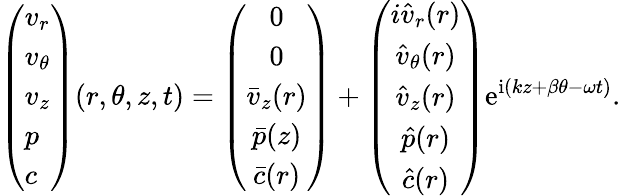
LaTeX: \left(\begin{array}{l}{v_{r}}\\ {v_{\theta}}\\ {v_{z}}\\ {p}\\ {c}\end{array}\right)(r,\theta,z,t)=\left(\begin{array}{c}{0}\\ {0}\\ {\bar{v}_{z}(r)}\\ {\bar{p}(z)}\\ {\bar{c}(r)}\end{array}\right)+\left(\begin{array}{c}{i\hat{v}_{r}(r)}\\ {\hat{v}_{\theta}(r)}\\ {\hat{v}_{z}(r)}\\ {\hat{p}(r)}\\ {\hat{c}(r)}\end{array}\right)\mathrm{e}^{\mathrm{i}(kz+\beta\theta-\omega t)}.